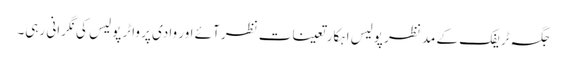
جگہ ٹریفک کے مد نظر پولیس اہکار تعینات نظر آئے اور وادی پر واٹر پولیس کی نگرانی رہی۔